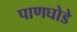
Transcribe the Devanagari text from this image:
पाणघोडे